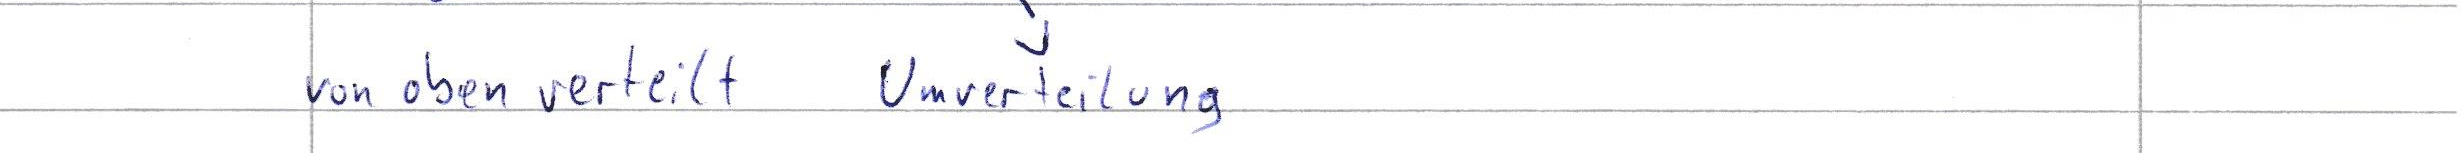
von oben verteilt Umverteilung